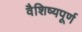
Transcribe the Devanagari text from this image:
वैशिष्यपूर्ण